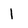
Character: l